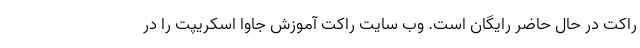
راکت در حال حاضر رایگان است. وب سایت راکت آموزش جاوا اسکریپت را در